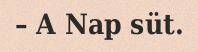
– A Nap süt.